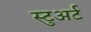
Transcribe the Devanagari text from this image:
स्‍टुअर्ट